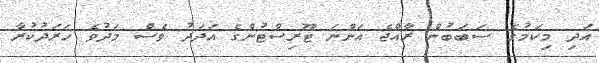
އަދި މިކަމުގެ ސަބަބުން ރާއްޖެ އަންނަ ޓޫރިސްޓުންގެ އަދަދު ވެސް މަދުވެ ހަރަދުކުރާ